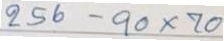
256 - 90 x 70